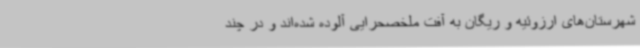
شهرستان‌های ارزوئیه و ریگان به آفت ملخصحرایی آلوده شده‌اند و در چند